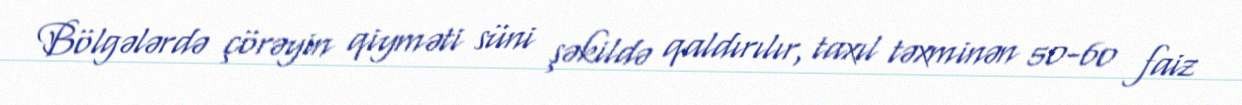
Bölgələrdə çörəyin qiyməti süni şəkildə qaldırılır, taxıl təxminən 50-60 faiz